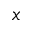
x